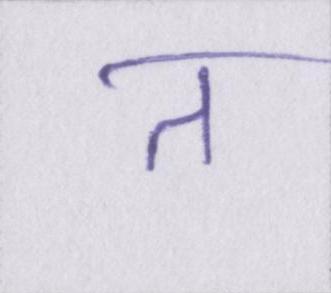
त